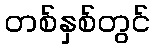
တစ်နှစ်တွင်